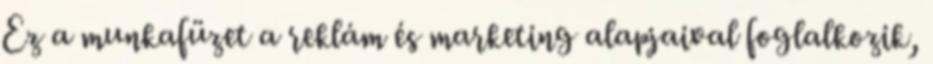
Ez a munkafüzet a reklám és marketing alapjaival foglalkozik,